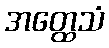
အတ္ထေသံ